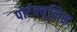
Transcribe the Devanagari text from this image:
पोर्टक्यूलिस